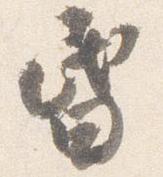
昏